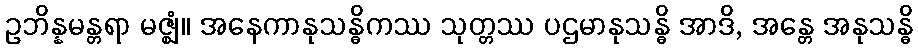
ဥဘိန္နမန္တရာ မဇ္ဈံ။ အနေကာနုသန္ဓိကဿ သုတ္တဿ ပဌမာနုသန္ဓိ အာဒိ, အန္တေ အနုသန္ဓိ